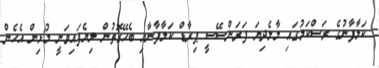
ކަލާފާނުގެ ރަސްކަމުގައި މާލެދިޔަ ފަރަންސޭސީ ޕިރާޑް ކަލާފާނާއި ބެހޭގޮތުން ލިޔެފައިވަނީ މުޅިން އެހެން